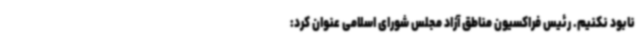
نابود نکنیم. رئیس فراکسیون مناطق آزاد مجلس شورای اسلامی عنوان کرد: